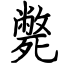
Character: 斃